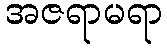
အဇရာမရာ